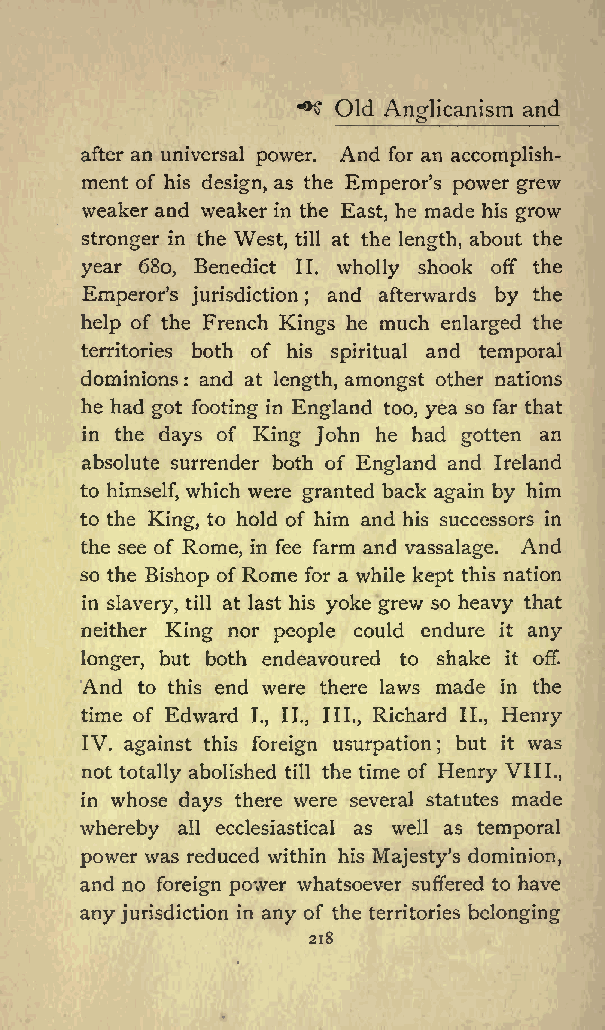
^
 Old          and
 Anglicanism
 after an universal power. And for an accomplish
 ment of his design, as the Emperors power grew
 weaker and weaker in the East, he made his grow
 stronger in the West, till at the length, about the
 year 680, Benedict II. wholly shook off the
 Emperors jurisdiction and afterwards by the
 ;
 help of the French Kings he much enlarged the
 territories both of his spiritual and temporal
 dominions : and at length, amongst other nations
 he had got footing in England too, yea so far that
 in the days of King John he had gotten an
 absolute surrender both of England and Ireland
 to himself, which were granted back again by him
 to the King, to hold of him and his successors in
 the see of Rome, in fee farm and vassalage. And
 so the Bishop ofRome for a while kept this nation
 in slavery, till at last his yoke grew so heavy that
 neither King nor people could endure it any
 longer, but both endeavoured to shake it off.
 And to this end were there laws made in the
 time of Edward I., II., III., Richard II., Henry
 IV. against this foreign usurpation but it was
 ;
 not totally abolished till the time of Henry VI II.,
 in whose days there were several statutes made
 whereby all ecclesiastical as well as temporal
 power was reduced within his Majestys dominion,
 and no foreign power whatsoever suffered to have
 any jurisdiction in any of the territories belonging
 218